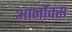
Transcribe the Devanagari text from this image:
आर्नॉक्स